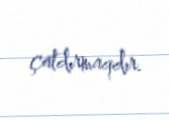
çatdırmaqdır.